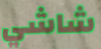
شاشي